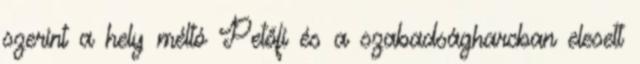
szerint a hely méltó Petőfi és a szabadságharcban elesett